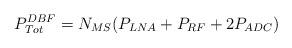
LaTeX: \begin{align*} P_{Tot}^{DBF} = N_{MS}(P_{LNA} + P_{RF} + 2P_{ADC}) \end{align*}